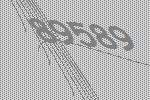
89589